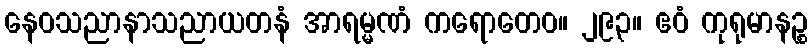
နေဝသညာနာသညာယတနံ အာရမ္မဏံ ကရောတေဝ။ ၂၉၃။ ဧဝံ ကုရုမာနဉ္စ